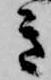
き